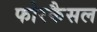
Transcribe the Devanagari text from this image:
फोरकैसल